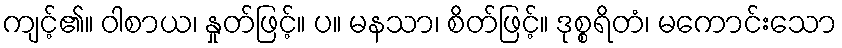
ကျင့်၏။ ဝါစာယ၊ နှုတ်ဖြင့်။ ပ။ မနသာ၊ စိတ်ဖြင့်။ ဒုစ္စရိတံ၊ မကောင်းသော